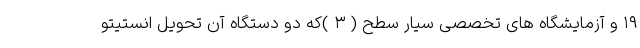
۱۹ و آزمایشگاه های تخصصی سیار سطح ( ۳ )که دو دستگاه آن تحویل انستیتو